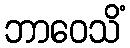
ဘာဝေသိံ